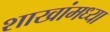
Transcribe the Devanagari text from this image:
शाखांमध्या